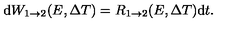
\mathrm { d } W _ { 1 \rightarrow 2 } ( E , \Delta T ) = R _ { 1 \rightarrow 2 } ( E , \Delta T ) \mathrm { d } t .